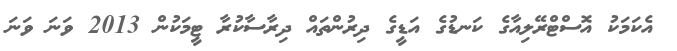
އެކަމަކު އޮސްޓްރޭލިއާގެ ކަނޑުގެ އަޑީގެ ދިރުންތައް ދިރާސާކުރާ ޓީމަކުން 2013 ވަނަ ވަނަ